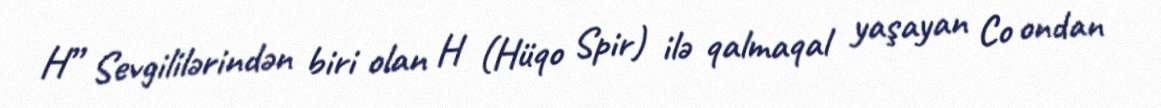
H” Sevgililərindən biri olan H (Hüqo Spir) ilə qalmaqal yaşayan Co ondan